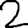
Digit: 2